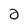
Character: 2